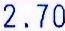
2.70